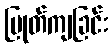
ပြုတ်ကျခြင်း